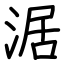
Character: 涺